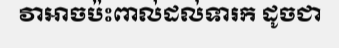
វាអាចប៉ះពាល់ដល់ទារក ដូចជា